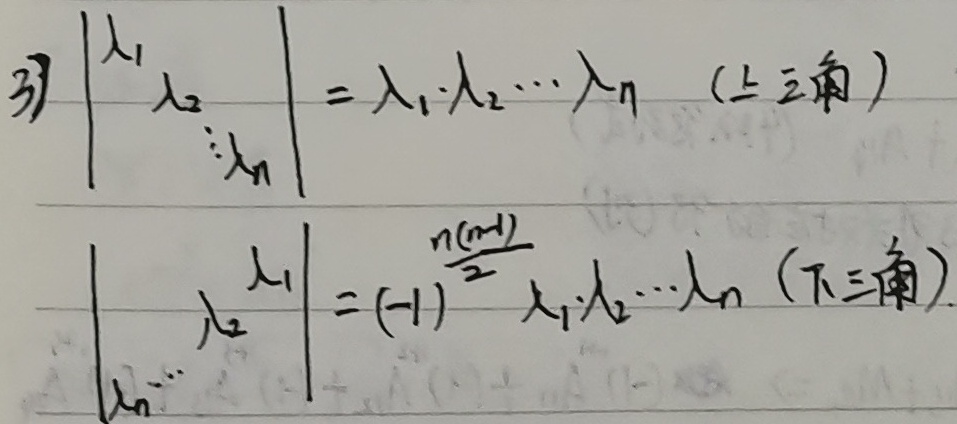
3) 上三角：
\[
\begin{vmatrix}
\lambda_{1}& & & \\
& \lambda_{2}& & \\
& & \ddots & \\
& & & \lambda_{n}
\end{vmatrix}=\lambda_{1}\cdot\lambda_{2}\cdots\lambda_{n}
\]
下三角：
\[
\begin{vmatrix}
& & & \lambda_{1}\\
& & \lambda_{2}& \\
& \iddots & & \\
\lambda_{n}& & &
\end{vmatrix}=(-1)^{\frac{n(n - 1)}{2}}\lambda_{1}\cdot\lambda_{2}\cdots\lambda_{n}
\]